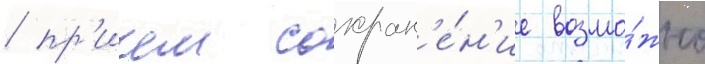
/ пр'ичем сохран'е́н'ие возмо́жно